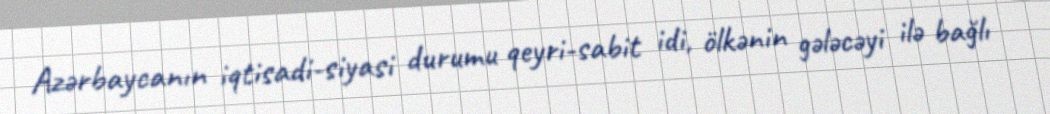
Azərbaycanın iqtisadi-siyasi durumu qeyri-sabit idi, ölkənin gələcəyi ilə bağlı